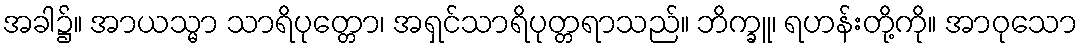
အခါ၌။ အာယသ္မာ သာရိပုတ္တော၊ အရှင်သာရိပုတ္တရာသည်။ ဘိက္ခူ၊ ရဟန်းတို့ကို။ အာဝုသော